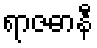
ရာဇဓာနီ